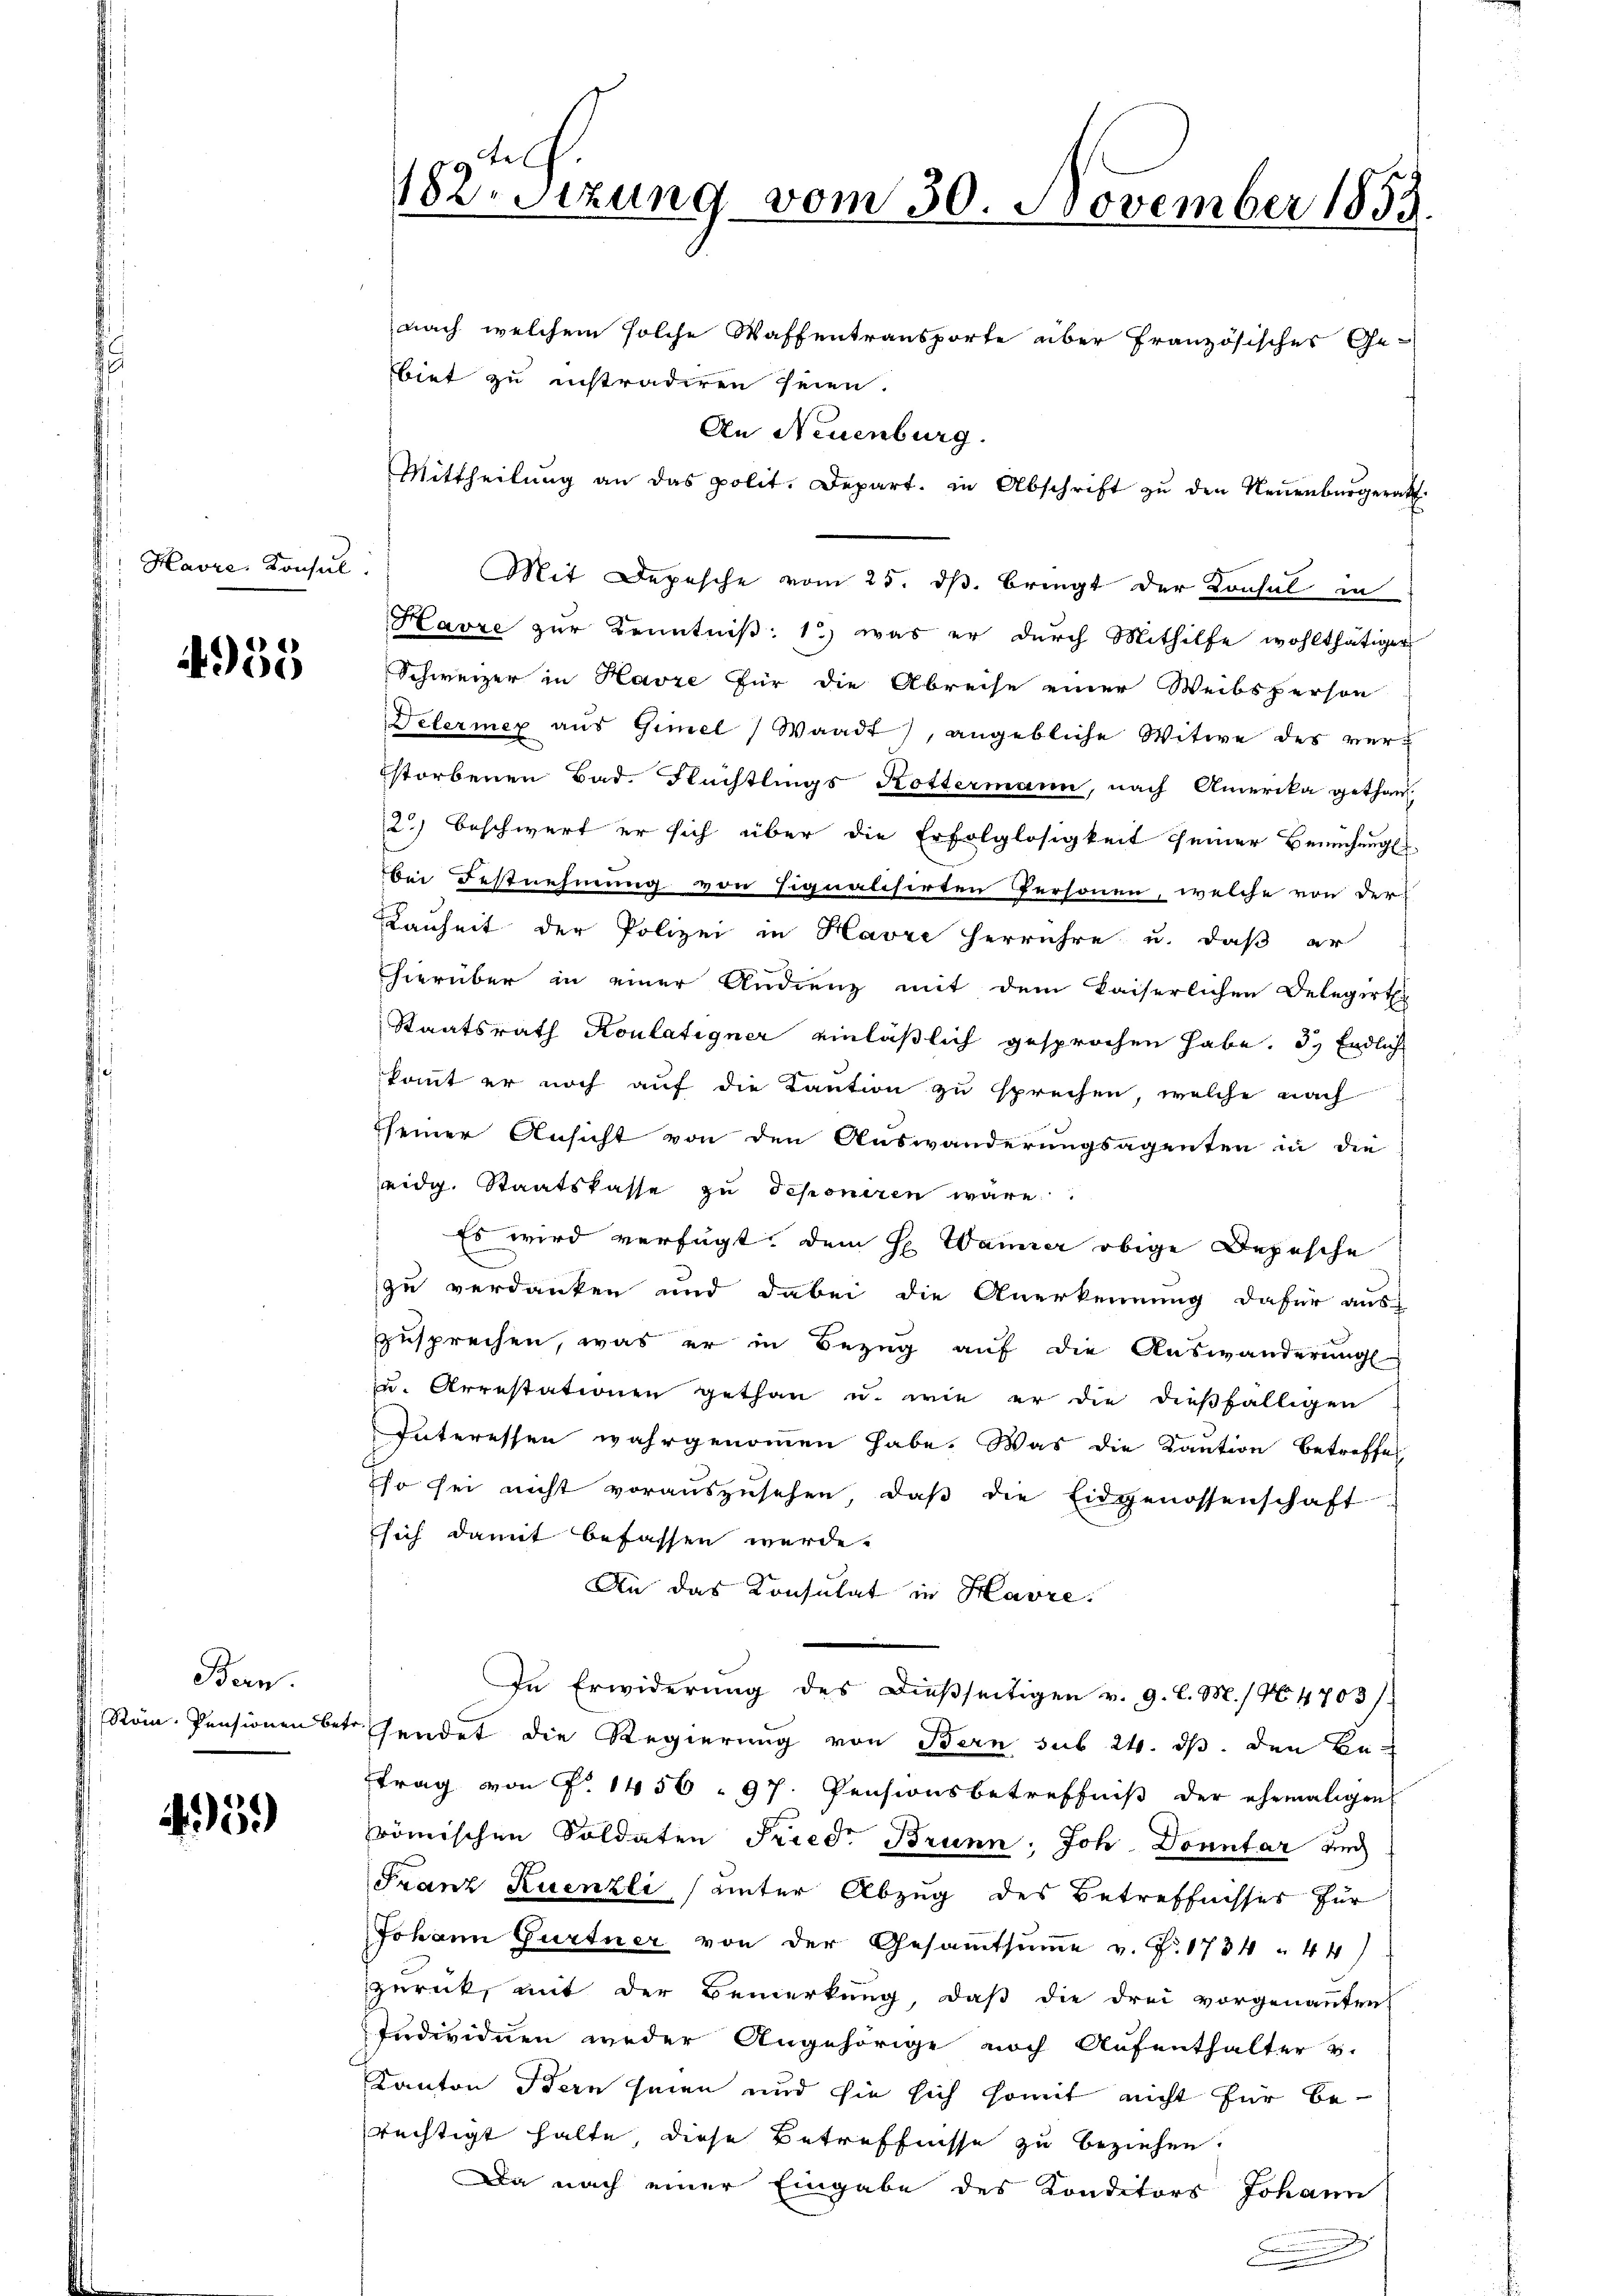
Havre, Konsul

4935

Bern.
Röm. Pensionen betr.

51)

nach welchem solche Waffentransporte über französisches Ge-
biet zu instradiren seien.
An Neuenburg.
Mittheilŭng an das polit. Depart. in Abschrift zŭ den Neŭenbŭrgerath
Mit Depesche vom 25. ds. bringt der Konsul in
Havre zur Kenntniß: 1) was er durch Mithilfe wohlthätiger
Schweizer in Havre für die Abreise einer Weibsperson
Delermex aŭs Gimel (Waadt, angebliche Witwe des ver-
Estorbenen Bad. Nachtlings Rottermann, nach Amerika gethan.
2.) beschwert er sich über die Erfolglosigkeit seiner Bemühungs
bei Festnehmung von Signalisirten Personen, welche von der
Kanheit der Polizei in Havre herrühre u. daß er
hierüber in einer Andrenz mit dem Kaiserlichen Delegirte
Staatsrath Koulatigner einläßlich gesprochen habe. d. Endlich
kommt er noch auf die Kaution zu sprechen, welche nach
seiner Ansicht von den Auswanderungsagenten in die
eidg. Staatskasse zu deponiren wäre
Es wird verfügt, dem H. Wanner obige Depesche
zu verdanken und dabei die Anerkennung dafür aus-
zusprechen, was er in Bezug auf die Auswanderung
zu. Arrestationen gethan u. wie er die dießfälligen
Interessen wahrgenommen habe. Was die Kaution betreffe
so sei nicht vorauszusehen, daβ die Eidgenossenschaft
sich damit befassen werde.
An das Konsulat in Havre
In Erwiderung des dießseitigen v. 9. l. M. / No 4703/
sendet die Regierung von Bern sub 24. ds. den Betrag von P. 1456. 97. Pensionsbetreffniß der ehemaligen
römischen Soldaten Fried. Brunn, Joh. Donntar und
Franz Kuenzli (unter Abzug des Betreffnisses für
Johann Gurtner von der Gesamtsŭṁe v. J. 1734 " 44)
zurück, mit der Bemerkung, daß die drei vorgenannten
Individuen weder Angehörige noch Aufenthalter v.
Kanton Bern seien und sie sich somit nicht für berechtigt halte, diese Betreffnisse zu beziehen.
Da nach einer Eingabe des Konditors Johann

Stel
182 Sizung vom 30. November 1853.